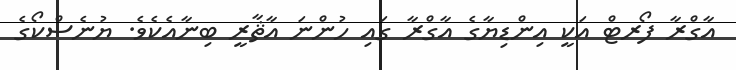
އާގްރާ ފޯރޓް އަކީ އިންޑިޔާގެ އާގްރާ ގައި ހުންނަ އާޘާރީ ބިނާއެކެވެ. ޔުނެސްކޯގެ